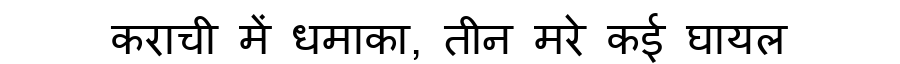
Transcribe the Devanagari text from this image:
कराची में धमाका, तीन मरे कई घायल